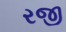
રજી